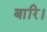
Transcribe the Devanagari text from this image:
बारि।